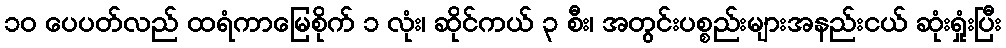
၁၀ ပေပတ်လည် ထရံကာမြေစိုက် ၁ လုံး၊ ဆိုင်ကယ် ၃ စီး၊ အတွင်းပစ္စည်းများအနည်းငယ် ဆုံးရှုံးပြီး